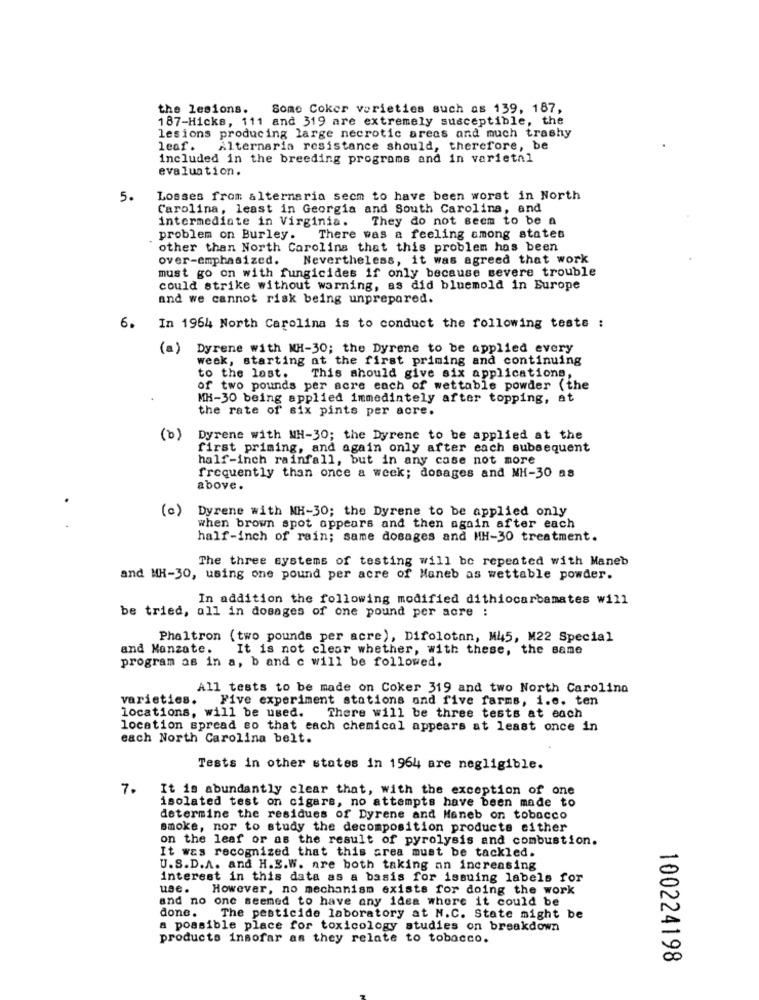
the lesions. Some Coker varieties such as 139, 187,
187-Hicks, 111 and 319 are extremely susceptible, the
lesions producing large necrotic areas and much trashy
leaf.
Alternaria resistance should, therefore, be
included in the breeding programs and in varietal
evaluation.
5.
Losses from alternaria seem to have been worst in North
Carolina, least in Georgia and South Carolina, and
intermediate in Virginia. They do not seem to be a
problem on Burley.
There was a feeling among states
other than North Carolina that this problem has been
over-emphasized. Nevertheless, it was agreed that work
must go on with fungicides if only because severe trouble
could strike without warning, as did bluemold in Europe
and we cannot risk being unprepared.
6.
In 1964 North Carolina is to conduct the following teste :
(a)
Dyrene with MH-30; the Dyrene to be applied every
week, starting at the first priming and continuing
to the last. This should give six applications,
of two pounds per acre each of wettable powder (the
MH-30 being applied immediately after topping, at
the rate of six pints per acre.
(b)
Dyrene with WH-30; the Dyrene to be applied at the
first priming, and again only after each subsequent
half-inch rainfall, but in any case not more
frequently than once a week; dosages and NH-30 as
above.
(c)
Dyrene with MH-30; the Dyrene to be applied only
when brown spot appears and then again after each
half-inch of rain; same dosages and MH-30 treatment.
The three systems of testing will be repeated with Maneb
and MH-30, using one pound per acre of Maneb as wettable powder.
In addition the following modified dithiocarbamates will
be tried, all in dosages of one pound per acre :
Phaltron (two pounds per acre), Difolotan, M45, M22 Special
and Manzate.
It is not clear whether, with these, the same
program as in a, b and c will be followed.
All tests to be made on Coker 319 and two North Carolina
varieties. Five experiment stations and five farms, i.e. ten
locations, will be used.
There will be three tests at each
location spread so that each chemical appears at least once in
each North Carolina belt.
Tests in other states in 1964 are negligible.
7.
It is abundantly clear that, with the exception of one
isolated test on cigars, no attempts have been made to
determine the residues of Dyrene and Haneb on tobacco
smoke, nor to study the decomposition products either
on the leaf or as the result of pyrolysis and combustion.
It was recognized that this area must be tackled.
U.S.D.A. and H.E.W. are both taking an increasing
interest in this data as a basis for issuing labels for
use.
However, no mechanism exists for doing the work
and no one seemed to have any idea where it could be
done.
The pesticide laboratory at N.C. State might be
a possible place for toxicology studies on breakdown
products insofar as they relate to tobacco.
100224198